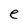
Character: e